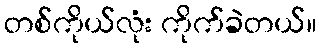
တစ်ကိုယ်လုံး ကိုက်ခဲတယ်။